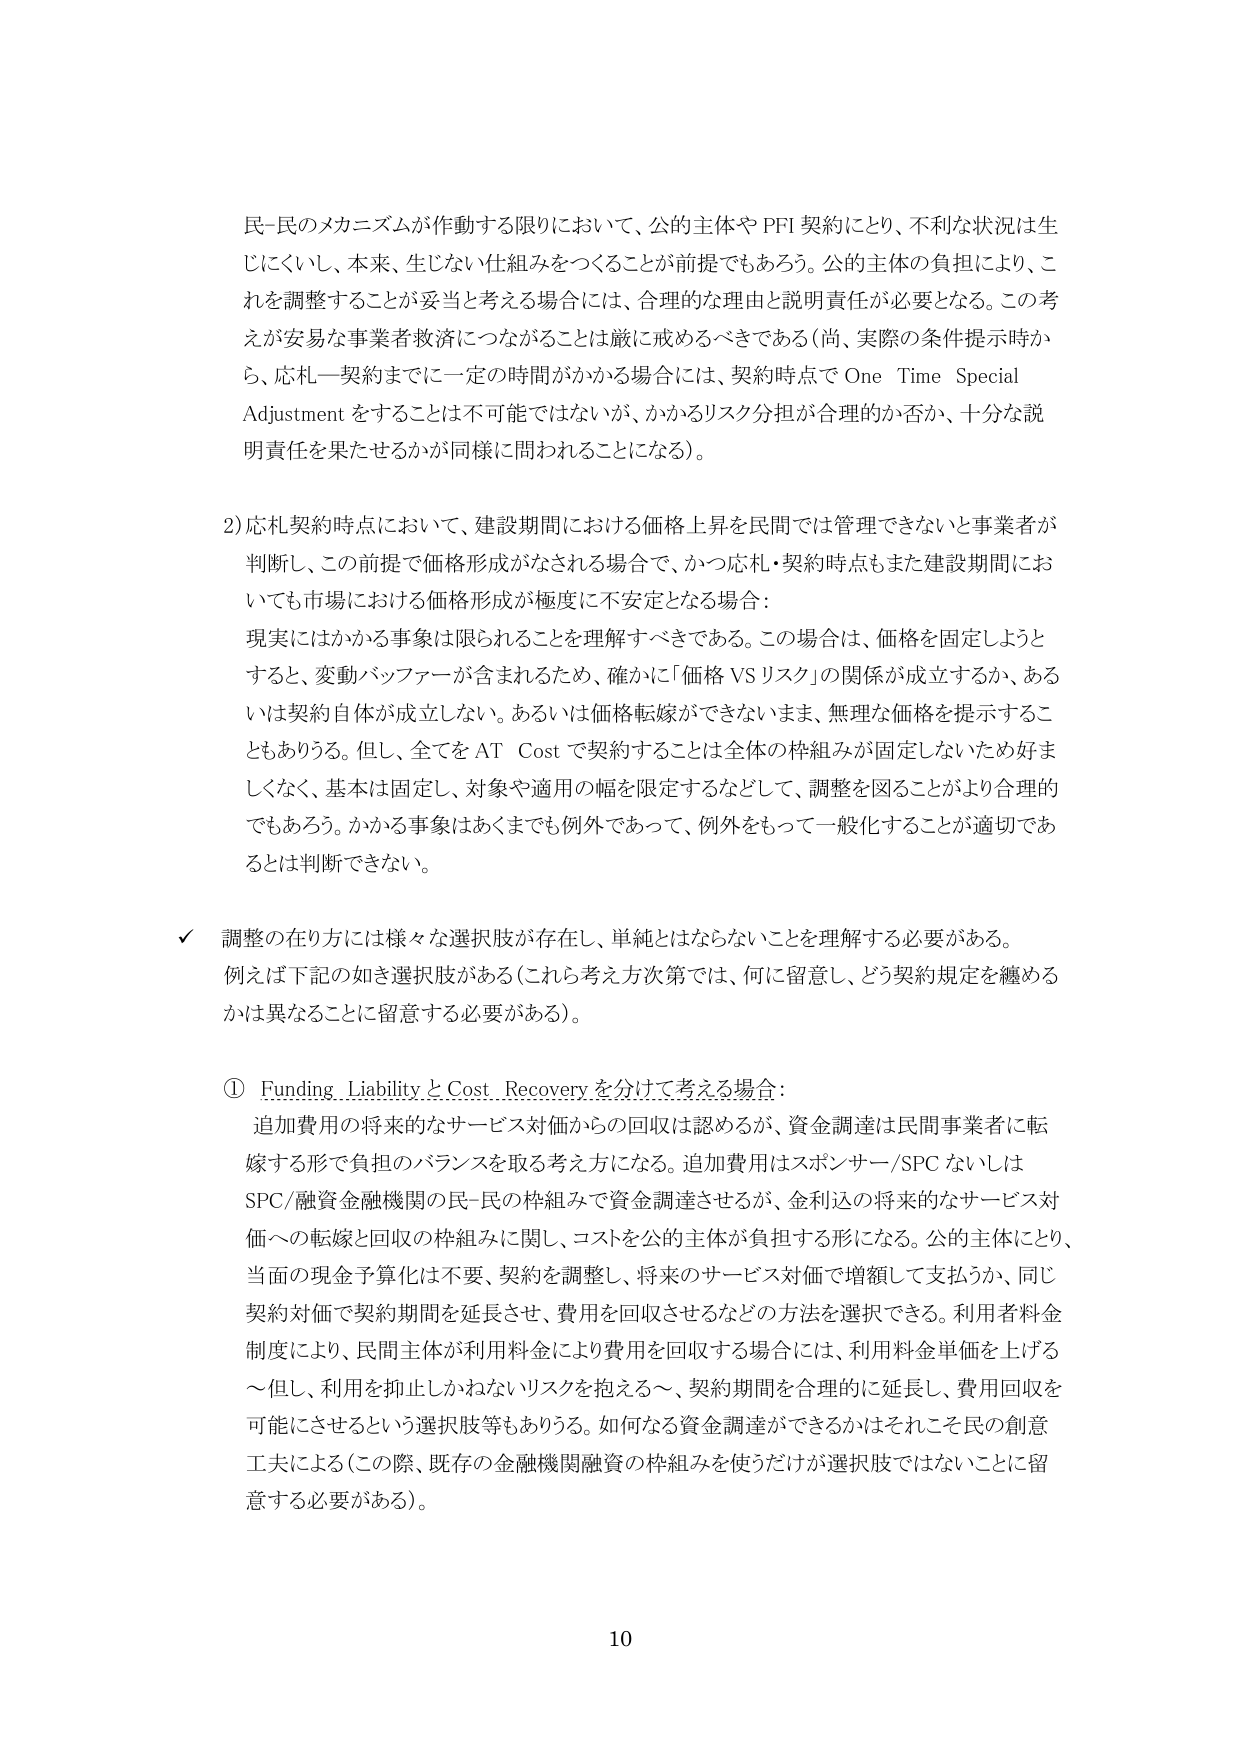
民-民のメカニズムが作動する限りにおいて、公的主体やPFI契約により、不利な状況は生じにくいし、本来、生じない仕組みをつくることが前提でもあろう。公的主体の負担により、これを調整することが妥当と考える場合には、合理的な理由と説明責任が必要となる。この考えが安易な事業者救済につながることは厳に戒めるべきである（尚、実際の条件提示時から、応札－契約までに一定の時間がかかる場合には、契約時点でOne Time Special Adjustmentをすることは不可能ではないが、かかるリスク分担が合理的か否か、十分な説明責任を果たせるかが同様に問われることになる）。

2) 応札契約時点において、建設期間における価格上昇を民間では管理できないと事業者が判断し、この前提で価格形成がなされる場合で、かつ応札・契約時点もまた建設期間においても市場における価格形成が極度に不安定となる場合：

現実にはかかる事象は限られることを理解すべきである。この場合は、価格を固定しようとすると、変動バッファーが含まれるため、確かに「価格VSリスク」の関係が成立するか、あるいは契約自体が成立しない。あるいは価格転嫁ができないまま、無理な価格を提示することもありうる。但し、全てをAT Costで契約することは全体の枠組みが固定しないため好ましくなく、基本は固定し、対象や適用の幅を限定するなどして、調整を図ることがより合理的でもあろう。かかる事象はあくまでも例外であって、例外をもって一般化することが適切であるとは判断できない。

✓ 調整の在り方には様々な選択肢が存在し、単純とはならないことを理解する必要がある。例えば下記の如き選択肢がある（これら考え方次第では、何に留意し、どう契約規定を纏めるかは異なることに留意する必要がある）。

① Funding LiabilityとCost Recoveryを分けて考える場合：

追加費用の将来的なサービス対価からの回収は認めるが、資金調達は民間事業者に転嫁する形で負担のバランスを取る考え方になる。追加費用はスポンサー/SPCないしはSPC/融資金融機関の民-民の枠組みで資金調達させるが、金利込の将来的なサービス対価への転嫁と回収の枠組みに関し、コストを公的主体が負担する形になる。公的主体により、当面の現金予算化は不要、契約を調整し、将来的なサービス対価で増額して支払うか、同じ契約対価で契約期間を延長させ、費用を回収させるなどの方法を選択できる。利用者料金制度により、民間主体が利用料金により費用を回収する場合には、利用料金単価を上げる～但し、利用を抑止しかねないリスクを抱える～、契約期間を合理的に延長し、費用回収を可能にさせるという選択肢等もありうる。如何なる資金調達ができるかはそれこそ民の創意工夫による（この際、既存の金融機関融資の枠組みを使うだけが選択肢ではないことに留意する必要がある）。

10